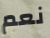
نعم